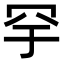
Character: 𬙗